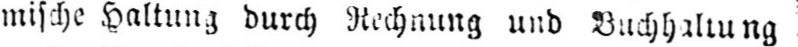
mische Haltung durch Rechnung und Buchhaltung